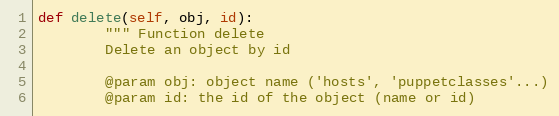
Language: Python
def delete(self, obj, id):
        """ Function delete
        Delete an object by id

        @param obj: object name ('hosts', 'puppetclasses'...)
        @param id: the id of the object (name or id)